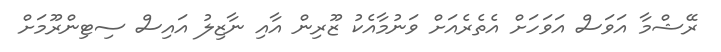
ރޭޝްމާ އަވަސް އަވަހަށް އެތެރެއަށް ވަނުމާއެކު ޒޫރިން އާއި ނާޒިލު އައިސް ސިޓިންރޫމަށް